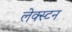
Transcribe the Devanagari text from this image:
लेक्स्टन